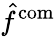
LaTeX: \hat{f}^{\mathrm{com}}